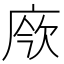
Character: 𢉄